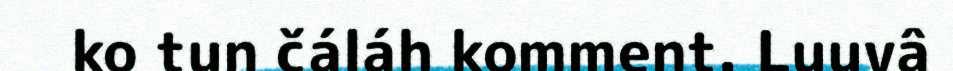
ko tun čáláh komment. Luuvâ